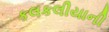
કલકલીયાની